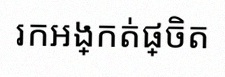
រកអង្កត់ផ្ចិត